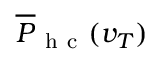
\overline { { P } } _ { \mathrm { ~ h ~ c ~ } } ( v _ { T } )